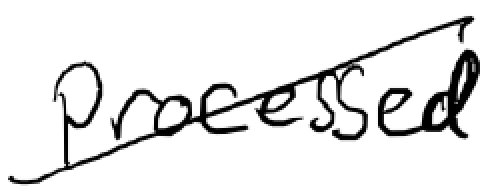
Text: processed
Cross-out: mix
Writing tool: digital_black